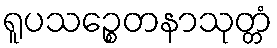
ရူပသဉ္စေတနာသုတ္တံ